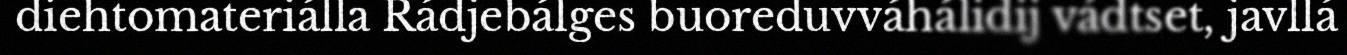
diehtomateriálla Rádjebálges buoreduvváhálidij vádtset, javllá